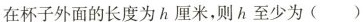
在杯子外面的长度为h厘米，则h至少为 ()